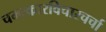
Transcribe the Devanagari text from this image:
चमत्कारविचारचर्चा